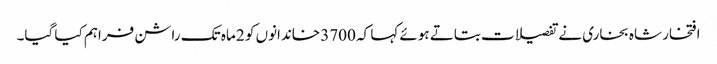
افتخار شاہ بخاری نے تفصیلات بتاتے ہوئے کہا کہ 3700 خاندانوں کو 2 ماہ تک راشن فراہم کیا گیا۔